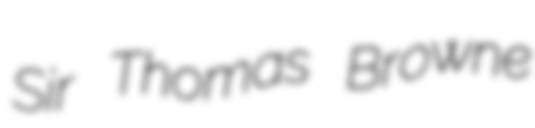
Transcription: Sir Thomas Browne